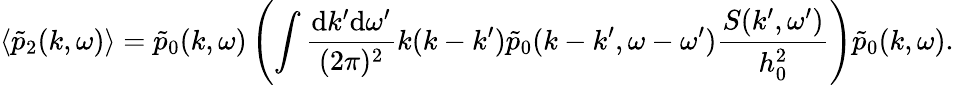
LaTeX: \langle\tilde{p}_{2}(k,\omega)\rangle=\tilde{p}_{0}(k,\omega)\left(\int\frac{\mathrm{d}k^{\prime}\mathrm{d}\omega^{\prime}}{(2\pi)^{2}}k(k-k^{\prime})\tilde{p}_{0}(k-k^{\prime},\omega-\omega^{\prime})\frac{S(k^{\prime},\omega^{\prime})}{h_{0}^{2}}\right)\tilde{p}_{0}(k,\omega).